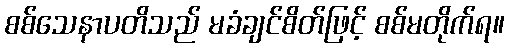
စစ်သေနာပတိသည် မခံချင်စိတ်ဖြင့် စစ်မတိုက်ရ။